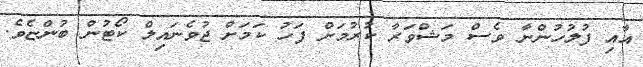
އާއި ފުލުހުންނާ ވެސް މަޝްވަރާ ކުރުމަށް ފަހު ކަމަށް ޖުވެނައިލް ކޯޓުން ބުންޏެވެ.